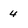
Character: 4